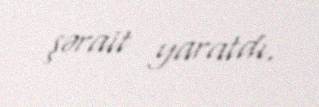
şərait yaratdı.